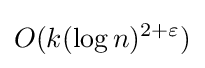
O(k(\log n)^{2+\varepsilon })